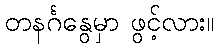
တနင်္ဂနွေမှာ ဖွင့်လား။